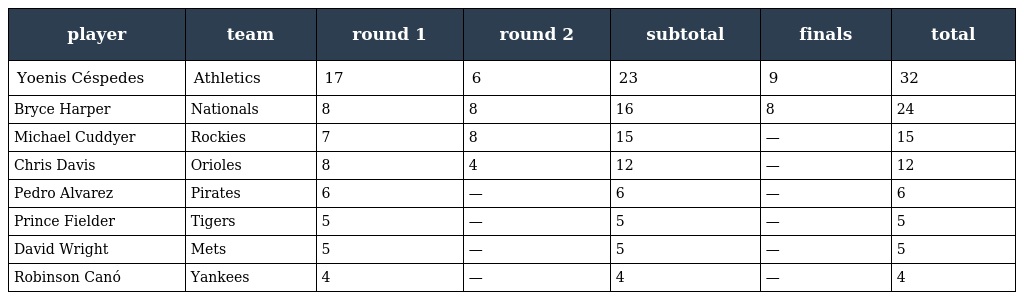
| player | team | round 1 | round 2 | subtotal | finals | total |
 | --- | --- | --- | --- | --- | --- | --- |
 | Yoenis Céspedes | Athletics | 17 | 6 | 23 | 9 | 32 |
 | Bryce Harper | Nationals | 8 | 8 | 16 | 8 | 24 |
 | Michael Cuddyer | Rockies | 7 | 8 | 15 | — | 15 |
 | Chris Davis | Orioles | 8 | 4 | 12 | — | 12 |
 | Pedro Alvarez | Pirates | 6 | — | 6 | — | 6 |
 | Prince Fielder | Tigers | 5 | — | 5 | — | 5 |
 | David Wright | Mets | 5 | — | 5 | — | 5 |
 | Robinson Canó | Yankees | 4 | — | 4 | — | 4 |